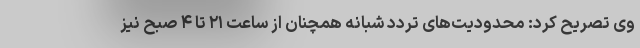
وی تصریح کرد: محدودیت‌های تردد شبانه همچنان از ساعت ۲۱ تا ۴ صبح نیز